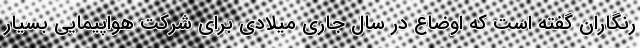
رنگاران گفته است که اوضاع در سال جاری میلادی برای شرکت هواپیمایی بسیار